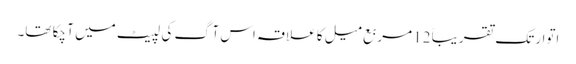
اتوار تک تقریباً 12 مربع میل کا علاقہ اس آگ کی لپیٹ میں آ چکا تھا۔